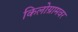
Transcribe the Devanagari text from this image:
किलोग्रामवर